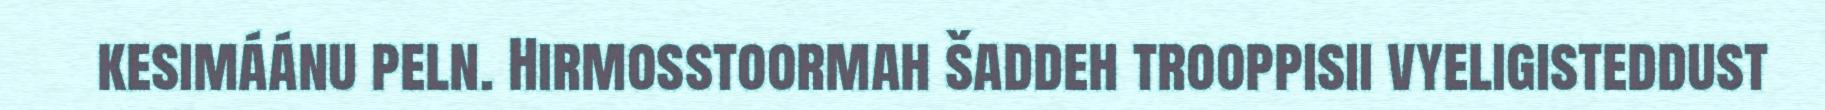
kesimáánu peln. Hirmosstoormah šaddeh trooppisii vyeligisteddust